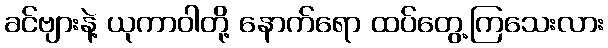
ခင်ဗျားနဲ့ ယုကာဝါတို့ နောက်ရော ထပ်တွေ့ကြသေးလား